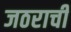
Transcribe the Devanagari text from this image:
जठराची